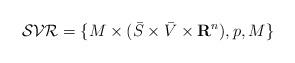
LaTeX: \begin{align*}\mathcal{SVR}=\{M\times(\bar{S} \times\bar{V}\times\textbf{R}^{n}),p,M\}\end{align*}